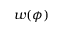
w ( \phi )